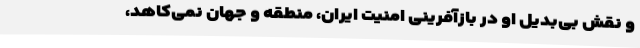
و نقش بی‌بدیل او در بازآفرینی امنیت ایران، منطقه و جهان نمی‌کاهد،